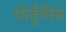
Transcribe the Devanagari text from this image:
पोर्तुंगीज